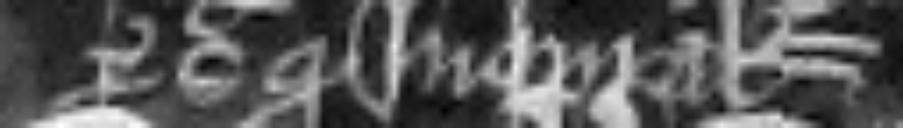
per sic quod inquiratur